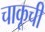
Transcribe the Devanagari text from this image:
चाकूची